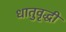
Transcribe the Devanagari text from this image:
धातुवृद्धी